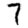
Digit: 7